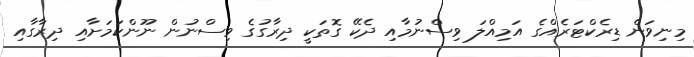
މިނިވަން ޑިރެކްޓަރެއްގެ އަމިއްލަ ވިސްނުމާއި ދެކޭ ގޮތަކީ ދިރާގުގެ ވިސްނުން ނޫންކަމަށާއި ދިރާގާއި